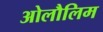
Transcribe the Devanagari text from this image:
ओलौलिम